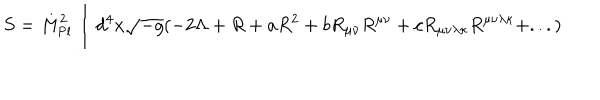
S = { M } _ { \mathrm { { P l } } } ^ { 2 } \int _ { } ^ { } { d } ^ { 4 } x \sqrt { - g } ( - 2 \Lambda + R + a { R } ^ { 2 } + b { R } _ { \mu \nu } { R } ^ { \mu \nu } + c { R } _ { \mu \nu \lambda \kappa } { R } ^ { \mu \nu \lambda \kappa } + . . . )